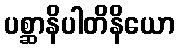
ပစ္ဆာနိပါတိနိယော